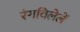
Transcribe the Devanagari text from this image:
रंगविलेलें